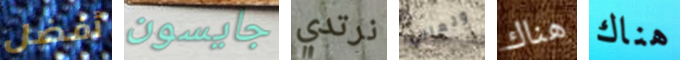
أفضل جايسون نرتدي وتعالي هناك هناك